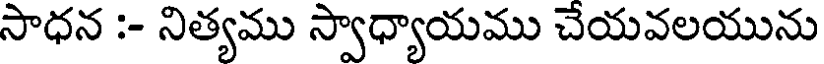
సాధన :- నిత్యము స్వాధ్యాయము చేయవలయును